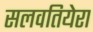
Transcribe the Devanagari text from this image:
सलवतियेरा